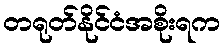
တရုတ်နိုင်ငံအစိုးရက